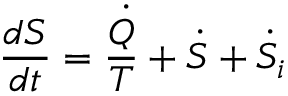
{ \frac { d S } { d t } } = { \frac { \dot { Q } } { T } } + { \dot { S } } + { \dot { S } } _ { i }